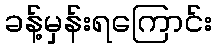
ခန့်မှန်းရကြောင်း